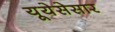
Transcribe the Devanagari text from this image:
यूयेसेसार